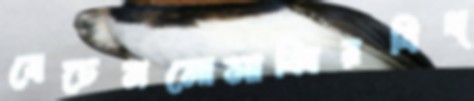
বেচেনমোসাব্বিরবিখ্